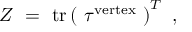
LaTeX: { \cal Z } ~ = ~ \mathrm { t r } \left( ~ \tau ^ { \mathrm { v e r t e x } } ~ \right) ^ { T } \ ,